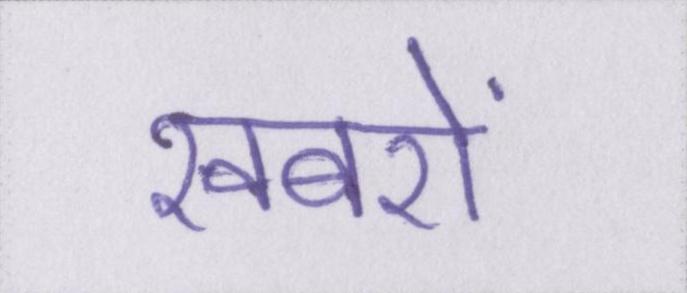
खबरों